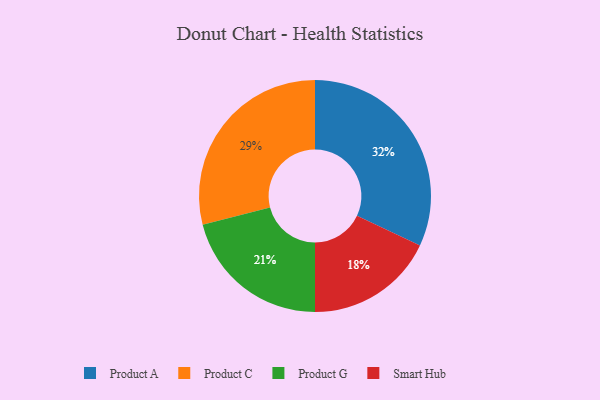
{"axis": {"x": "Category", "y": "Percentage"}, "legend": ["Product A", "Product C", "Product G", "Smart Hub"], "data": [{"x": "Smart Hub", "y": 18, "type": "Smart Hub"}, {"x": "Product C", "y": 29, "type": "Product C"}, {"x": "Product G", "y": 21, "type": "Product G"}, {"x": "Product A", "y": 32, "type": "Product A"}]}